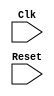
//linear search
module search(Clk,Reset);

   input Clk;
   input Reset;

	
   reg [7:0] checkx;//searches for this in queue
   reg [7:0] checky;
	
	
   reg [7:0] state;
	
   reg [7:0] closex [0:399];
   reg [7:0] closey [0:399];
   
   //output these?
   reg [8:0] search_index; //used to iterate through reg
   reg 	    found;
	
	reg [9:0] closecounter;
	
   localparam 
     CHECK_IF_IN_CLOSED	          =	8'b00_100000,
     SEARCH_CLOSED_COMPARE        = 	8'b00_100001,
     SEARCH_CLOSED_NEXT           = 	8'b00_100010,
     SEARCH_CLOSED_DONE_FOUND  	  = 	8'b00_100011,
     SEARCH_CLOSED_DONE_NOT_FOUND =  8'b00_100100;
   
	
   always @ (posedge Clk, posedge Reset)
     begin
	if(Reset)
	  begin	
	     state <= CHECK_IF_IN_CLOSED;
	     checkx <= 8'b1;
	     checky <= 8'b1;
	     
	closex[0] <= 8'b0;
closey[0] <= 8'b0;
closex[1] <= 8'b0;
closey[1] <= 8'b0;
closex[2] <= 8'b0;
closey[2] <= 8'b0;
closex[3] <= 8'b0;
closey[3] <= 8'b0;
closex[4] <= 8'b0;
closey[4] <= 8'b0;
closex[5] <= 8'b0;
closey[5] <= 8'b0;
closex[6] <= 8'b10;
closey[6] <= 8'b10;
closex[7] <= 8'b0;
closey[7] <= 8'b0;
closex[8] <= 8'b0;
closey[8] <= 8'b0;
closex[9] <= 8'b0;
closey[9] <= 8'b0;
closex[10] <= 8'b0;
closey[10] <= 8'b0;
closex[11] <= 8'b0;
closey[11] <= 8'b0;
closex[12] <= 8'b0;
closey[12] <= 8'b0;
closex[13] <= 8'b0;
closey[13] <= 8'b0;
closex[14] <= 8'b0;
closey[14] <= 8'b0;
closex[15] <= 8'b0;
closey[15] <= 8'b0;
closex[16] <= 8'b0;
closey[16] <= 8'b0;
closex[17] <= 8'b0;
closey[17] <= 8'b0;
closex[18] <= 8'b0;
closey[18] <= 8'b0;
closex[19] <= 8'b0;
closey[19] <= 8'b0;
closex[20] <= 8'b0;
closey[20] <= 8'b0;
closex[21] <= 8'b0;
closey[21] <= 8'b0;
closex[22] <= 8'b0;
closey[22] <= 8'b0;
closex[23] <= 8'b0;
closey[23] <= 8'b0;
closex[24] <= 8'b0;
closey[24] <= 8'b0;
closex[25] <= 8'b0;
closey[25] <= 8'b0;
closex[26] <= 8'b0;
closey[26] <= 8'b0;
closex[27] <= 8'b0;
closey[27] <= 8'b0;
closex[28] <= 8'b0;
closey[28] <= 8'b0;
closex[29] <= 8'b0;
closey[29] <= 8'b0;
closex[30] <= 8'b0;
closey[30] <= 8'b0;
closex[31] <= 8'b0;
closey[31] <= 8'b0;
closex[32] <= 8'b0;
closey[32] <= 8'b0;
closex[33] <= 8'b0;
closey[33] <= 8'b0;
closex[34] <= 8'b0;
closey[34] <= 8'b0;
closex[35] <= 8'b0;
closey[35] <= 8'b0;
closex[36] <= 8'b0;
closey[36] <= 8'b0;
closex[37] <= 8'b0;
closey[37] <= 8'b0;
closex[38] <= 8'b0;
closey[38] <= 8'b0;
closex[39] <= 8'b0;
closey[39] <= 8'b0;
closex[40] <= 8'b0;
closey[40] <= 8'b0;
closex[41] <= 8'b0;
closey[41] <= 8'b0;
closex[42] <= 8'b0;
closey[42] <= 8'b0;
closex[43] <= 8'b0;
closey[43] <= 8'b0;
closex[44] <= 8'b0;
closey[44] <= 8'b0;
closex[45] <= 8'b0;
closey[45] <= 8'b0;
closex[46] <= 8'b0;
closey[46] <= 8'b0;
closex[47] <= 8'b0;
closey[47] <= 8'b0;
closex[48] <= 8'b0;
closey[48] <= 8'b0;
closex[49] <= 8'b0;
closey[49] <= 8'b0;
closex[50] <= 8'b0;
closey[50] <= 8'b0;
closex[51] <= 8'b0;
closey[51] <= 8'b0;
closex[52] <= 8'b0;
closey[52] <= 8'b0;
closex[53] <= 8'b0;
closey[53] <= 8'b0;
closex[54] <= 8'b0;
closey[54] <= 8'b0;
closex[55] <= 8'b0;
closey[55] <= 8'b0;
closex[56] <= 8'b0;
closey[56] <= 8'b0;
closex[57] <= 8'b0;
closey[57] <= 8'b0;
closex[58] <= 8'b0;
closey[58] <= 8'b0;
closex[59] <= 8'b0;
closey[59] <= 8'b0;
closex[60] <= 8'b0;
closey[60] <= 8'b0;
closex[61] <= 8'b0;
closey[61] <= 8'b0;
closex[62] <= 8'b0;
closey[62] <= 8'b0;
closex[63] <= 8'b0;
closey[63] <= 8'b0;
closex[64] <= 8'b0;
closey[64] <= 8'b0;
closex[65] <= 8'b0;
closey[65] <= 8'b0;
closex[66] <= 8'b0;
closey[66] <= 8'b0;
closex[67] <= 8'b0;
closey[67] <= 8'b0;
closex[68] <= 8'b0;
closey[68] <= 8'b0;
closex[69] <= 8'b0;
closey[69] <= 8'b0;
closex[70] <= 8'b0;
closey[70] <= 8'b0;
closex[71] <= 8'b0;
closey[71] <= 8'b0;
closex[72] <= 8'b0;
closey[72] <= 8'b0;
closex[73] <= 8'b0;
closey[73] <= 8'b0;
closex[74] <= 8'b0;
closey[74] <= 8'b0;
closex[75] <= 8'b0;
closey[75] <= 8'b0;
closex[76] <= 8'b0;
closey[76] <= 8'b0;
closex[77] <= 8'b0;
closey[77] <= 8'b0;
closex[78] <= 8'b0;
closey[78] <= 8'b0;
closex[79] <= 8'b0;
closey[79] <= 8'b0;
closex[80] <= 8'b0;
closey[80] <= 8'b0;
closex[81] <= 8'b0;
closey[81] <= 8'b0;
closex[82] <= 8'b0;
closey[82] <= 8'b0;
closex[83] <= 8'b0;
closey[83] <= 8'b0;
closex[84] <= 8'b0;
closey[84] <= 8'b0;
closex[85] <= 8'b0;
closey[85] <= 8'b0;
closex[86] <= 8'b0;
closey[86] <= 8'b0;
closex[87] <= 8'b0;
closey[87] <= 8'b0;
closex[88] <= 8'b0;
closey[88] <= 8'b0;
closex[89] <= 8'b0;
closey[89] <= 8'b0;
closex[90] <= 8'b0;
closey[90] <= 8'b0;
closex[91] <= 8'b0;
closey[91] <= 8'b0;
closex[92] <= 8'b0;
closey[92] <= 8'b0;
closex[93] <= 8'b0;
closey[93] <= 8'b0;
closex[94] <= 8'b0;
closey[94] <= 8'b0;
closex[95] <= 8'b0;
closey[95] <= 8'b0;
closex[96] <= 8'b0;
closey[96] <= 8'b0;
closex[97] <= 8'b0;
closey[97] <= 8'b0;
closex[98] <= 8'b0;
closey[98] <= 8'b0;
closex[99] <= 8'b0;
closey[99] <= 8'b0;
closex[100] <= 8'b0;
closey[100] <= 8'b0;
closex[101] <= 8'b0;
closey[101] <= 8'b0;
closex[102] <= 8'b0;
closey[102] <= 8'b0;
closex[103] <= 8'b0;
closey[103] <= 8'b0;
closex[104] <= 8'b0;
closey[104] <= 8'b0;
closex[105] <= 8'b0;
closey[105] <= 8'b0;
closex[106] <= 8'b0;
closey[106] <= 8'b0;
closex[107] <= 8'b0;
closey[107] <= 8'b0;
closex[108] <= 8'b0;
closey[108] <= 8'b0;
closex[109] <= 8'b0;
closey[109] <= 8'b0;
closex[110] <= 8'b0;
closey[110] <= 8'b0;
closex[111] <= 8'b0;
closey[111] <= 8'b0;
closex[112] <= 8'b0;
closey[112] <= 8'b0;
closex[113] <= 8'b0;
closey[113] <= 8'b0;
closex[114] <= 8'b0;
closey[114] <= 8'b0;
closex[115] <= 8'b0;
closey[115] <= 8'b0;
closex[116] <= 8'b0;
closey[116] <= 8'b0;
closex[117] <= 8'b0;
closey[117] <= 8'b0;
closex[118] <= 8'b0;
closey[118] <= 8'b0;
closex[119] <= 8'b0;
closey[119] <= 8'b0;
closex[120] <= 8'b0;
closey[120] <= 8'b0;
closex[121] <= 8'b0;
closey[121] <= 8'b0;
closex[122] <= 8'b0;
closey[122] <= 8'b0;
closex[123] <= 8'b0;
closey[123] <= 8'b0;
closex[124] <= 8'b0;
closey[124] <= 8'b0;
closex[125] <= 8'b0;
closey[125] <= 8'b0;
closex[126] <= 8'b0;
closey[126] <= 8'b0;
closex[127] <= 8'b0;
closey[127] <= 8'b0;
closex[128] <= 8'b0;
closey[128] <= 8'b0;
closex[129] <= 8'b0;
closey[129] <= 8'b0;
closex[130] <= 8'b0;
closey[130] <= 8'b0;
closex[131] <= 8'b0;
closey[131] <= 8'b0;
closex[132] <= 8'b0;
closey[132] <= 8'b0;
closex[133] <= 8'b0;
closey[133] <= 8'b0;
closex[134] <= 8'b0;
closey[134] <= 8'b0;
closex[135] <= 8'b0;
closey[135] <= 8'b0;
closex[136] <= 8'b0;
closey[136] <= 8'b0;
closex[137] <= 8'b0;
closey[137] <= 8'b0;
closex[138] <= 8'b0;
closey[138] <= 8'b0;
closex[139] <= 8'b0;
closey[139] <= 8'b0;
closex[140] <= 8'b0;
closey[140] <= 8'b0;
closex[141] <= 8'b0;
closey[141] <= 8'b0;
closex[142] <= 8'b0;
closey[142] <= 8'b0;
closex[143] <= 8'b0;
closey[143] <= 8'b0;
closex[144] <= 8'b0;
closey[144] <= 8'b0;
closex[145] <= 8'b0;
closey[145] <= 8'b0;
closex[146] <= 8'b0;
closey[146] <= 8'b0;
closex[147] <= 8'b0;
closey[147] <= 8'b0;
closex[148] <= 8'b0;
closey[148] <= 8'b0;
closex[149] <= 8'b0;
closey[149] <= 8'b0;
closex[150] <= 8'b0;
closey[150] <= 8'b0;
closex[151] <= 8'b0;
closey[151] <= 8'b0;
closex[152] <= 8'b0;
closey[152] <= 8'b0;
closex[153] <= 8'b0;
closey[153] <= 8'b0;
closex[154] <= 8'b0;
closey[154] <= 8'b0;
closex[155] <= 8'b0;
closey[155] <= 8'b0;
closex[156] <= 8'b0;
closey[156] <= 8'b0;
closex[157] <= 8'b0;
closey[157] <= 8'b0;
closex[158] <= 8'b0;
closey[158] <= 8'b0;
closex[159] <= 8'b0;
closey[159] <= 8'b0;
closex[160] <= 8'b0;
closey[160] <= 8'b0;
closex[161] <= 8'b0;
closey[161] <= 8'b0;
closex[162] <= 8'b0;
closey[162] <= 8'b0;
closex[163] <= 8'b0;
closey[163] <= 8'b0;
closex[164] <= 8'b0;
closey[164] <= 8'b0;
closex[165] <= 8'b0;
closey[165] <= 8'b0;
closex[166] <= 8'b0;
closey[166] <= 8'b0;
closex[167] <= 8'b0;
closey[167] <= 8'b0;
closex[168] <= 8'b0;
closey[168] <= 8'b0;
closex[169] <= 8'b0;
closey[169] <= 8'b0;
closex[170] <= 8'b0;
closey[170] <= 8'b0;
closex[171] <= 8'b0;
closey[171] <= 8'b0;
closex[172] <= 8'b0;
closey[172] <= 8'b0;
closex[173] <= 8'b0;
closey[173] <= 8'b0;
closex[174] <= 8'b0;
closey[174] <= 8'b0;
closex[175] <= 8'b0;
closey[175] <= 8'b0;
closex[176] <= 8'b0;
closey[176] <= 8'b0;
closex[177] <= 8'b0;
closey[177] <= 8'b0;
closex[178] <= 8'b0;
closey[178] <= 8'b0;
closex[179] <= 8'b0;
closey[179] <= 8'b0;
closex[180] <= 8'b0;
closey[180] <= 8'b0;
closex[181] <= 8'b0;
closey[181] <= 8'b0;
closex[182] <= 8'b0;
closey[182] <= 8'b0;
closex[183] <= 8'b0;
closey[183] <= 8'b0;
closex[184] <= 8'b0;
closey[184] <= 8'b0;
closex[185] <= 8'b0;
closey[185] <= 8'b0;
closex[186] <= 8'b0;
closey[186] <= 8'b0;
closex[187] <= 8'b0;
closey[187] <= 8'b0;
closex[188] <= 8'b0;
closey[188] <= 8'b0;
closex[189] <= 8'b0;
closey[189] <= 8'b0;
closex[190] <= 8'b0;
closey[190] <= 8'b0;
closex[191] <= 8'b0;
closey[191] <= 8'b0;
closex[192] <= 8'b0;
closey[192] <= 8'b0;
closex[193] <= 8'b0;
closey[193] <= 8'b0;
closex[194] <= 8'b0;
closey[194] <= 8'b0;
closex[195] <= 8'b0;
closey[195] <= 8'b0;
closex[196] <= 8'b0;
closey[196] <= 8'b0;
closex[197] <= 8'b0;
closey[197] <= 8'b0;
closex[198] <= 8'b0;
closey[198] <= 8'b0;
closex[199] <= 8'b0;
closey[199] <= 8'b0;
closex[200] <= 8'b0;
closey[200] <= 8'b0;
closex[201] <= 8'b0;
closey[201] <= 8'b0;
closex[202] <= 8'b0;
closey[202] <= 8'b0;
closex[203] <= 8'b0;
closey[203] <= 8'b0;
closex[204] <= 8'b0;
closey[204] <= 8'b0;
closex[205] <= 8'b0;
closey[205] <= 8'b0;
closex[206] <= 8'b0;
closey[206] <= 8'b0;
closex[207] <= 8'b0;
closey[207] <= 8'b0;
closex[208] <= 8'b0;
closey[208] <= 8'b0;
closex[209] <= 8'b0;
closey[209] <= 8'b0;
closex[210] <= 8'b0;
closey[210] <= 8'b0;
closex[211] <= 8'b0;
closey[211] <= 8'b0;
closex[212] <= 8'b0;
closey[212] <= 8'b0;
closex[213] <= 8'b0;
closey[213] <= 8'b0;
closex[214] <= 8'b0;
closey[214] <= 8'b0;
closex[215] <= 8'b0;
closey[215] <= 8'b0;
closex[216] <= 8'b0;
closey[216] <= 8'b0;
closex[217] <= 8'b0;
closey[217] <= 8'b0;
closex[218] <= 8'b0;
closey[218] <= 8'b0;
closex[219] <= 8'b0;
closey[219] <= 8'b0;
closex[220] <= 8'b0;
closey[220] <= 8'b0;
closex[221] <= 8'b0;
closey[221] <= 8'b0;
closex[222] <= 8'b0;
closey[222] <= 8'b0;
closex[223] <= 8'b0;
closey[223] <= 8'b0;
closex[224] <= 8'b0;
closey[224] <= 8'b0;
closex[225] <= 8'b0;
closey[225] <= 8'b0;
closex[226] <= 8'b0;
closey[226] <= 8'b0;
closex[227] <= 8'b0;
closey[227] <= 8'b0;
closex[228] <= 8'b0;
closey[228] <= 8'b0;
closex[229] <= 8'b0;
closey[229] <= 8'b0;
closex[230] <= 8'b0;
closey[230] <= 8'b0;
closex[231] <= 8'b0;
closey[231] <= 8'b0;
closex[232] <= 8'b0;
closey[232] <= 8'b0;
closex[233] <= 8'b0;
closey[233] <= 8'b0;
closex[234] <= 8'b0;
closey[234] <= 8'b0;
closex[235] <= 8'b0;
closey[235] <= 8'b0;
closex[236] <= 8'b0;
closey[236] <= 8'b0;
closex[237] <= 8'b0;
closey[237] <= 8'b0;
closex[238] <= 8'b0;
closey[238] <= 8'b0;
closex[239] <= 8'b0;
closey[239] <= 8'b0;
closex[240] <= 8'b0;
closey[240] <= 8'b0;
closex[241] <= 8'b0;
closey[241] <= 8'b0;
closex[242] <= 8'b0;
closey[242] <= 8'b0;
closex[243] <= 8'b0;
closey[243] <= 8'b0;
closex[244] <= 8'b0;
closey[244] <= 8'b0;
closex[245] <= 8'b0;
closey[245] <= 8'b0;
closex[246] <= 8'b0;
closey[246] <= 8'b0;
closex[247] <= 8'b0;
closey[247] <= 8'b0;
closex[248] <= 8'b0;
closey[248] <= 8'b0;
closex[249] <= 8'b0;
closey[249] <= 8'b0;
closex[250] <= 8'b0;
closey[250] <= 8'b0;
closex[251] <= 8'b0;
closey[251] <= 8'b0;
closex[252] <= 8'b0;
closey[252] <= 8'b0;
closex[253] <= 8'b0;
closey[253] <= 8'b0;
closex[254] <= 8'b0;
closey[254] <= 8'b0;
closex[255] <= 8'b0;
closey[255] <= 8'b0;
closex[256] <= 8'b0;
closey[256] <= 8'b0;
closex[257] <= 8'b0;
closey[257] <= 8'b0;
closex[258] <= 8'b0;
closey[258] <= 8'b0;
closex[259] <= 8'b0;
closey[259] <= 8'b0;
closex[260] <= 8'b0;
closey[260] <= 8'b0;
closex[261] <= 8'b0;
closey[261] <= 8'b0;
closex[262] <= 8'b0;
closey[262] <= 8'b0;
closex[263] <= 8'b0;
closey[263] <= 8'b0;
closex[264] <= 8'b0;
closey[264] <= 8'b0;
closex[265] <= 8'b0;
closey[265] <= 8'b0;
closex[266] <= 8'b0;
closey[266] <= 8'b0;
closex[267] <= 8'b0;
closey[267] <= 8'b0;
closex[268] <= 8'b0;
closey[268] <= 8'b0;
closex[269] <= 8'b0;
closey[269] <= 8'b0;
closex[270] <= 8'b0;
closey[270] <= 8'b0;
closex[271] <= 8'b0;
closey[271] <= 8'b0;
closex[272] <= 8'b0;
closey[272] <= 8'b0;
closex[273] <= 8'b0;
closey[273] <= 8'b0;
closex[274] <= 8'b0;
closey[274] <= 8'b0;
closex[275] <= 8'b0;
closey[275] <= 8'b0;
closex[276] <= 8'b0;
closey[276] <= 8'b0;
closex[277] <= 8'b0;
closey[277] <= 8'b0;
closex[278] <= 8'b0;
closey[278] <= 8'b0;
closex[279] <= 8'b0;
closey[279] <= 8'b0;
closex[280] <= 8'b0;
closey[280] <= 8'b0;
closex[281] <= 8'b0;
closey[281] <= 8'b0;
closex[282] <= 8'b0;
closey[282] <= 8'b0;
closex[283] <= 8'b0;
closey[283] <= 8'b0;
closex[284] <= 8'b0;
closey[284] <= 8'b0;
closex[285] <= 8'b0;
closey[285] <= 8'b0;
closex[286] <= 8'b0;
closey[286] <= 8'b0;
closex[287] <= 8'b0;
closey[287] <= 8'b0;
closex[288] <= 8'b0;
closey[288] <= 8'b0;
closex[289] <= 8'b0;
closey[289] <= 8'b0;
closex[290] <= 8'b0;
closey[290] <= 8'b0;
closex[291] <= 8'b0;
closey[291] <= 8'b0;
closex[292] <= 8'b0;
closey[292] <= 8'b0;
closex[293] <= 8'b0;
closey[293] <= 8'b0;
closex[294] <= 8'b0;
closey[294] <= 8'b0;
closex[295] <= 8'b0;
closey[295] <= 8'b0;
closex[296] <= 8'b0;
closey[296] <= 8'b0;
closex[297] <= 8'b0;
closey[297] <= 8'b0;
closex[298] <= 8'b0;
closey[298] <= 8'b0;
closex[299] <= 8'b0;
closey[299] <= 8'b0;
closex[300] <= 8'b0;
closey[300] <= 8'b0;
closex[301] <= 8'b0;
closey[301] <= 8'b0;
closex[302] <= 8'b0;
closey[302] <= 8'b0;
closex[303] <= 8'b0;
closey[303] <= 8'b0;
closex[304] <= 8'b0;
closey[304] <= 8'b0;
closex[305] <= 8'b0;
closey[305] <= 8'b0;
closex[306] <= 8'b0;
closey[306] <= 8'b0;
closex[307] <= 8'b0;
closey[307] <= 8'b0;
closex[308] <= 8'b0;
closey[308] <= 8'b0;
closex[309] <= 8'b0;
closey[309] <= 8'b0;
closex[310] <= 8'b0;
closey[310] <= 8'b0;
closex[311] <= 8'b0;
closey[311] <= 8'b0;
closex[312] <= 8'b0;
closey[312] <= 8'b0;
closex[313] <= 8'b0;
closey[313] <= 8'b0;
closex[314] <= 8'b0;
closey[314] <= 8'b0;
closex[315] <= 8'b0;
closey[315] <= 8'b0;
closex[316] <= 8'b0;
closey[316] <= 8'b0;
closex[317] <= 8'b0;
closey[317] <= 8'b0;
closex[318] <= 8'b0;
closey[318] <= 8'b0;
closex[319] <= 8'b0;
closey[319] <= 8'b0;
closex[320] <= 8'b0;
closey[320] <= 8'b0;
closex[321] <= 8'b0;
closey[321] <= 8'b0;
closex[322] <= 8'b0;
closey[322] <= 8'b0;
closex[323] <= 8'b0;
closey[323] <= 8'b0;
closex[324] <= 8'b0;
closey[324] <= 8'b0;
closex[325] <= 8'b0;
closey[325] <= 8'b0;
closex[326] <= 8'b0;
closey[326] <= 8'b0;
closex[327] <= 8'b0;
closey[327] <= 8'b0;
closex[328] <= 8'b0;
closey[328] <= 8'b0;
closex[329] <= 8'b0;
closey[329] <= 8'b0;
closex[330] <= 8'b0;
closey[330] <= 8'b0;
closex[331] <= 8'b0;
closey[331] <= 8'b0;
closex[332] <= 8'b0;
closey[332] <= 8'b0;
closex[333] <= 8'b0;
closey[333] <= 8'b0;
closex[334] <= 8'b0;
closey[334] <= 8'b0;
closex[335] <= 8'b0;
closey[335] <= 8'b0;
closex[336] <= 8'b0;
closey[336] <= 8'b0;
closex[337] <= 8'b0;
closey[337] <= 8'b0;
closex[338] <= 8'b0;
closey[338] <= 8'b0;
closex[339] <= 8'b0;
closey[339] <= 8'b0;
closex[340] <= 8'b0;
closey[340] <= 8'b0;
closex[341] <= 8'b0;
closey[341] <= 8'b0;
closex[342] <= 8'b0;
closey[342] <= 8'b0;
closex[343] <= 8'b0;
closey[343] <= 8'b0;
closex[344] <= 8'b0;
closey[344] <= 8'b0;
closex[345] <= 8'b0;
closey[345] <= 8'b0;
closex[346] <= 8'b0;
closey[346] <= 8'b0;
closex[347] <= 8'b0;
closey[347] <= 8'b0;
closex[348] <= 8'b0;
closey[348] <= 8'b0;
closex[349] <= 8'b0;
closey[349] <= 8'b0;
closex[350] <= 8'b0;
closey[350] <= 8'b0;
closex[351] <= 8'b0;
closey[351] <= 8'b0;
closex[352] <= 8'b0;
closey[352] <= 8'b0;
closex[353] <= 8'b0;
closey[353] <= 8'b0;
closex[354] <= 8'b0;
closey[354] <= 8'b0;
closex[355] <= 8'b0;
closey[355] <= 8'b0;
closex[356] <= 8'b0;
closey[356] <= 8'b0;
closex[357] <= 8'b0;
closey[357] <= 8'b0;
closex[358] <= 8'b0;
closey[358] <= 8'b0;
closex[359] <= 8'b0;
closey[359] <= 8'b0;
closex[360] <= 8'b0;
closey[360] <= 8'b0;
closex[361] <= 8'b0;
closey[361] <= 8'b0;
closex[362] <= 8'b0;
closey[362] <= 8'b0;
closex[363] <= 8'b0;
closey[363] <= 8'b0;
closex[364] <= 8'b0;
closey[364] <= 8'b0;
closex[365] <= 8'b0;
closey[365] <= 8'b0;
closex[366] <= 8'b0;
closey[366] <= 8'b0;
closex[367] <= 8'b0;
closey[367] <= 8'b0;
closex[368] <= 8'b0;
closey[368] <= 8'b0;
closex[369] <= 8'b0;
closey[369] <= 8'b0;
closex[370] <= 8'b0;
closey[370] <= 8'b0;
closex[371] <= 8'b0;
closey[371] <= 8'b0;
closex[372] <= 8'b0;
closey[372] <= 8'b0;
closex[373] <= 8'b0;
closey[373] <= 8'b0;
closex[374] <= 8'b0;
closey[374] <= 8'b0;
closex[375] <= 8'b0;
closey[375] <= 8'b0;
closex[376] <= 8'b0;
closey[376] <= 8'b0;
closex[377] <= 8'b0;
closey[377] <= 8'b0;
closex[378] <= 8'b0;
closey[378] <= 8'b0;
closex[379] <= 8'b0;
closey[379] <= 8'b0;
closex[380] <= 8'b0;
closey[380] <= 8'b0;
closex[381] <= 8'b0;
closey[381] <= 8'b0;
closex[382] <= 8'b0;
closey[382] <= 8'b0;
closex[383] <= 8'b0;
closey[383] <= 8'b0;
closex[384] <= 8'b0;
closey[384] <= 8'b0;
closex[385] <= 8'b0;
closey[385] <= 8'b0;
closex[386] <= 8'b0;
closey[386] <= 8'b0;
closex[387] <= 8'b0;
closey[387] <= 8'b0;
closex[388] <= 8'b0;
closey[388] <= 8'b0;
closex[389] <= 8'b0;
closey[389] <= 8'b0;
closex[390] <= 8'b0;
closey[390] <= 8'b0;
closex[391] <= 8'b0;
closey[391] <= 8'b0;
closex[392] <= 8'b0;
closey[392] <= 8'b0;
closex[393] <= 8'b0;
closey[393] <= 8'b0;
closex[394] <= 8'b0;
closey[394] <= 8'b0;
closex[395] <= 8'b0;
closey[395] <= 8'b0;
closex[396] <= 8'b0;
closey[396] <= 8'b0;
closex[397] <= 8'b0;
closey[397] <= 8'b0;
closex[398] <= 8'b1;
closey[398] <= 8'b1;
closex[399] <= 8'b1;
closey[399] <= 8'b1;


	  end
	
	else 
	  begin
	     case(state)
////////////////////////////////////////////////////////////////////	
	       CHECK_IF_IN_CLOSED:
		 begin 
		    $display("STATE: CHECK_IF_IN_CLOSED");
			//$display("NEIGHBORDISTANCE: %d",neighbor_distance_from_start);	
		    search_index <= 9'b0;
		    found <= 1'b0;
		    state <= SEARCH_CLOSED_COMPARE;
		 end
			
	       SEARCH_CLOSED_COMPARE:
		 begin
		   $display("STATE: SEARCH_CLOSED_COMPARE");
		    if(closex[search_index] == checkx && closey[search_index] == checky)
		      begin
			 found <= 1'b1;
			 state <= SEARCH_CLOSED_DONE_FOUND; //Go to next section
		      end
		    else
		      begin
			 search_index <= search_index + 1;
			 state <= SEARCH_CLOSED_NEXT;
		      end
		 end
	       SEARCH_CLOSED_NEXT:
		 begin
	       $display("STATE: SEARCH_CLOSED_NEXT");
		    if(search_index == closecounter)//equals 399
		      begin
			 found <=1'b0;
			 state <= SEARCH_CLOSED_DONE_NOT_FOUND; // Not found, go to next section
		      end
		    else
		      begin
			 state <=SEARCH_CLOSED_COMPARE;
		      end
		 end // case: NEXT
			SEARCH_CLOSED_DONE_FOUND:
			begin
				//state <= NEIGHBOR_CHECK_LOOP;
				$display("STATE: SEARCH_CLOSED_DONE_FOUND");
				//neighborcounter <= neighborcounter + 1;
			end
	       SEARCH_CLOSED_DONE_NOT_FOUND:
		 begin
		   	       $display("STATE: SEARCH_CLOSED_DONE_NOT_FOUND");
//state <= CHECK_IF_IN_OPEN;
	       
		 end
	     

 ////////////////////////////////////////////////////////////

	     endcase // case (state)
	       
	        	     end // else: !if(Reset)
     end // always @ (posedge Clk, posedge Reset)   
endmodule // search